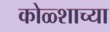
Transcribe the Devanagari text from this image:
कोळ्शाच्या